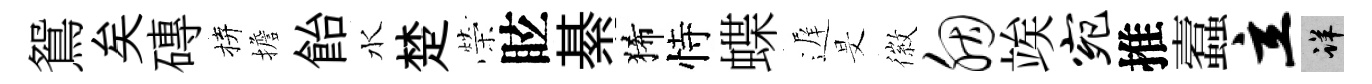
鴛矣磚拚擔飴水楚榮眩綦狶恃蝶遅旻徽胭竢宛推蠧立详